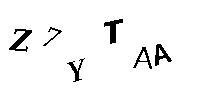
Z7YTAA